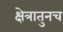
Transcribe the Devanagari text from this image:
क्षेत्रातुनच